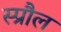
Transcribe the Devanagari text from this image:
स्प्रौल